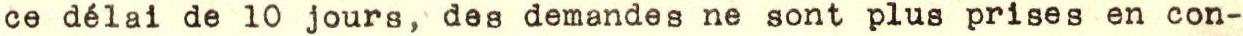
ce délai de 10 jours, des demandes ne sont plus prises en con-